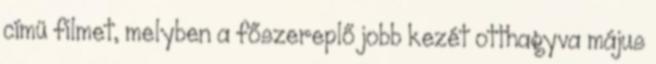
címü filmet, melyben a főszereplő jobb kezét otthagyva május